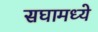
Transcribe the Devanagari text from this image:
सघामध्ये